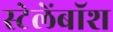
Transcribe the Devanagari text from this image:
स्टेलेंबॉश